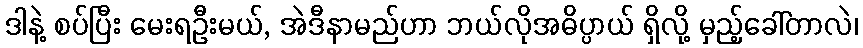
ဒါနဲ့ စပ်ပြီး မေးရဦးမယ်, အဲဒီနာမည်ဟာ ဘယ်လိုအဓိပ္ပာယ် ရှိလို့ မှည့်ခေါ်တာလဲ၊